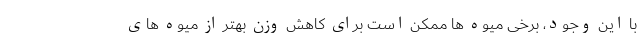
با این وجود، برخی میوه ها ممکن است برای کاهش وزن بهتر از میوه های